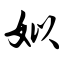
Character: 姒